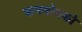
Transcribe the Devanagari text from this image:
क्रमबोधको